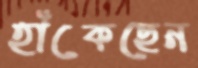
হাঁট্‌কেছেন